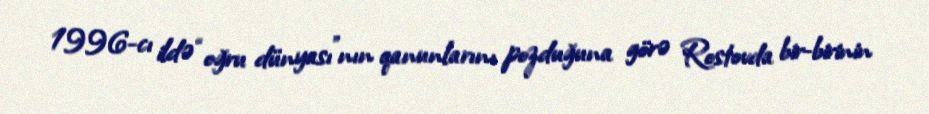
1996-cı ildə “oğru dünyası”nın qanunlarını pozduğuna görə Rostovda bir-birinin